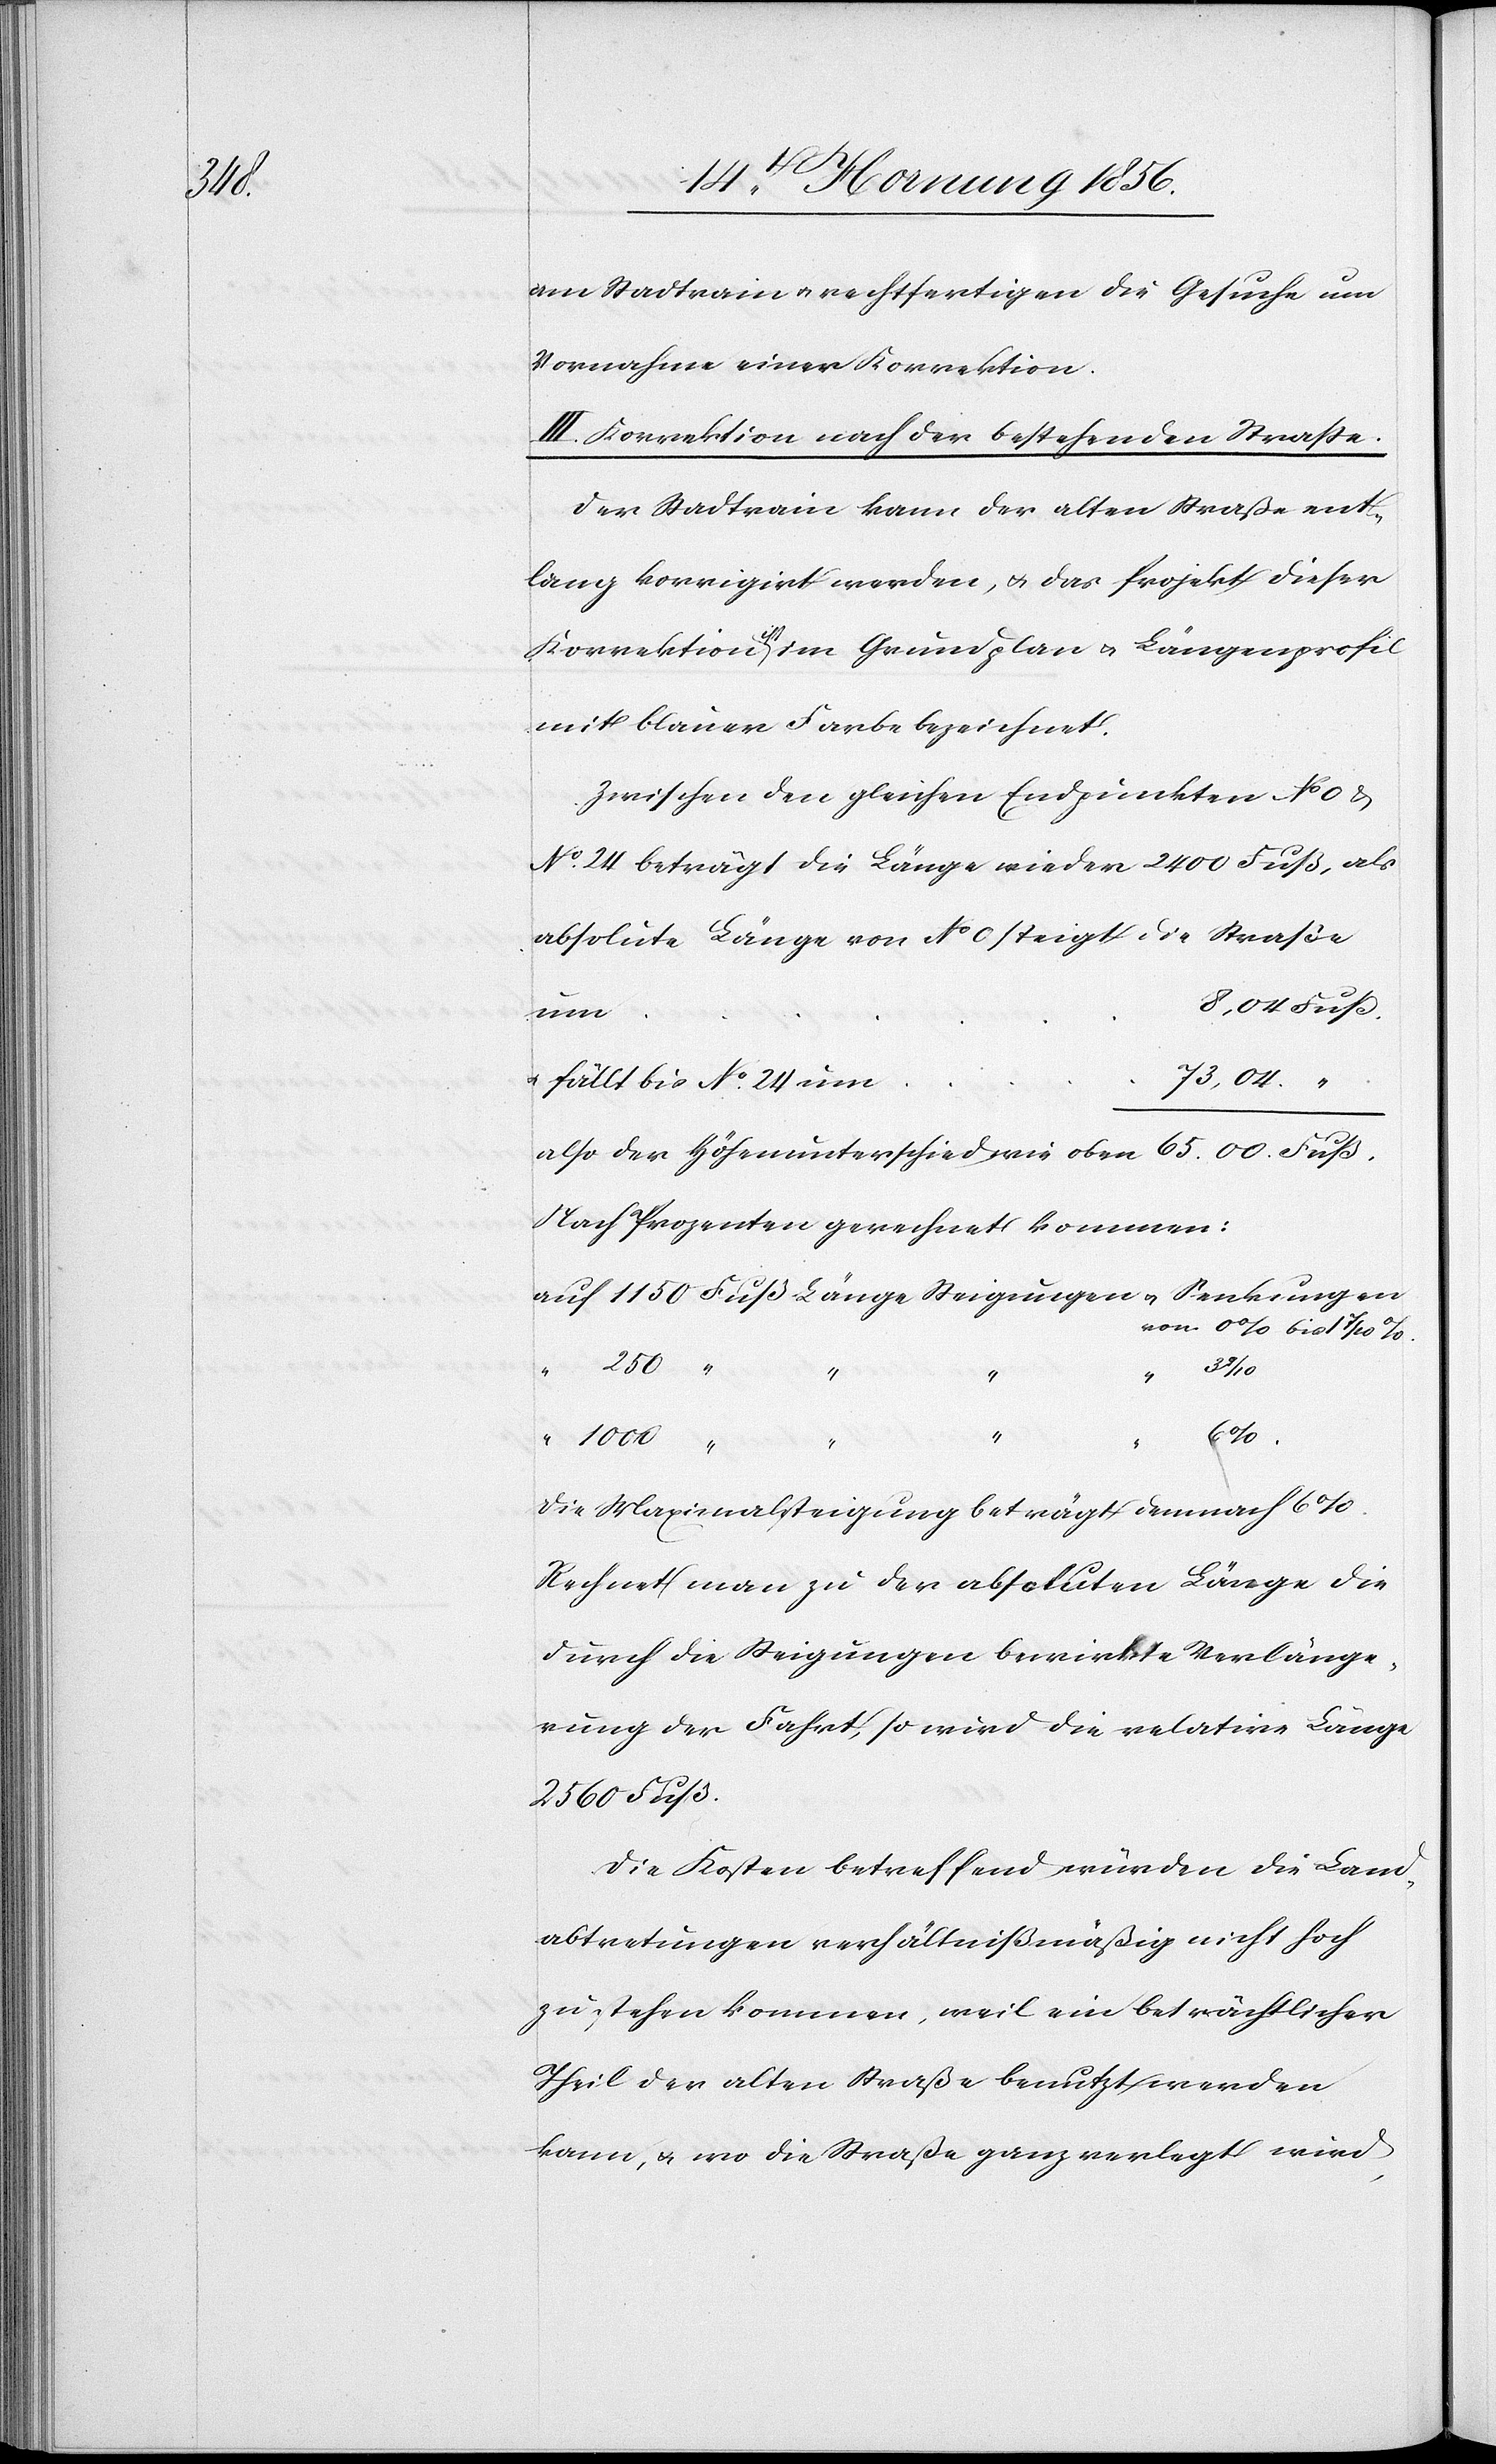
04.

am Stadtrein u. rechtfertigen die Gesuche um
Vornahme einer Korrektion.
III. Korrektion nach der bestehenden Straße.
Der Stadtrain kann der alten Straße ent¬
lang korrigirt werden, u. das Projekt dieser
Korrektion a-ist-a im Grundplan u. Längenprofil
mit blauer Farbe bezeichnet.
Zwischen den gleichen Endpunkten No
No. 24 beträgt die Länge wieder 2400 Fuß, als
absolute Länge von No 0 steigt die Straße
8, 04 Fuß.
3
250
u. fällt bis No. 24 u¬
also der Höhenunterschied wie oben 		65. 00. Fuß.
Nach Prozenten gerechnet kommen:
m		73,
“
Die Maximalsteigung beträgt demnach 6%.
Rechnet man zu der absoluten Länge die
durch die Steigungen bewirkte Verlänge¬
rung der Fahrt, so wird die relative Länge
2560 Fuß.
Die Kosten betreffend würden die Land¬
abtretungen verhältnißmäßig nicht hoch
zu stehen kommen, weil ein beträchtlicher
Theil der alten Straße benutzt werden
kann, u. wo die Straße ganz verlegt wird,